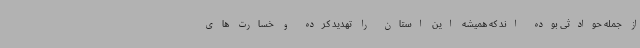
از جمله حوادثی بوده اند که همیشه این استان را تهدید کرده و خسارت های